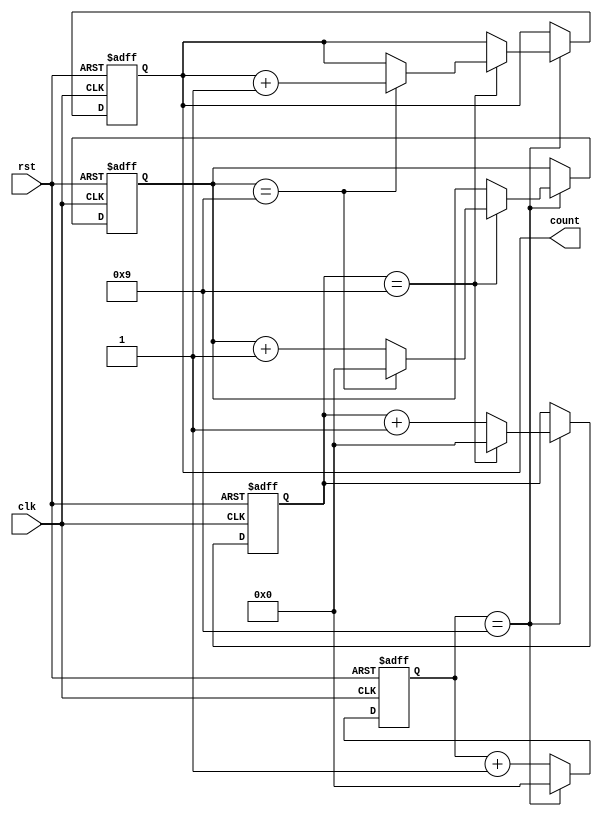
module CascadedCounter(
    input wire clk,
    input wire rst,
    
    output reg [3:0] count // Assuming using 4-bit counters in cascade
);

reg [3:0] counter1, counter2, counter3; // Assuming using 3 counters in cascade

always @ (posedge clk or posedge rst) begin
    if (rst) begin
        counter1 <= 4'b0000;
        counter2 <= 4'b0000;
        counter3 <= 4'b0000;
        count <= 4'b0000;
    end
    else begin
        if (counter1 == 4'b1001) begin
            counter1 <= 4'b0000;
            if (counter2 == 4'b1001) begin
                counter2 <= 4'b0000;
                if (counter3 == 4'b1001) begin
                    counter3 <= 4'b0000;
                    count <= count + 1;
                end
                else begin
                    counter3 <= counter3 + 1;
                end
            end
            else begin
                counter2 <= counter2 + 1;
            end
        end
        else begin
            counter1 <= counter1 + 1;
        end
    end
end

endmodule